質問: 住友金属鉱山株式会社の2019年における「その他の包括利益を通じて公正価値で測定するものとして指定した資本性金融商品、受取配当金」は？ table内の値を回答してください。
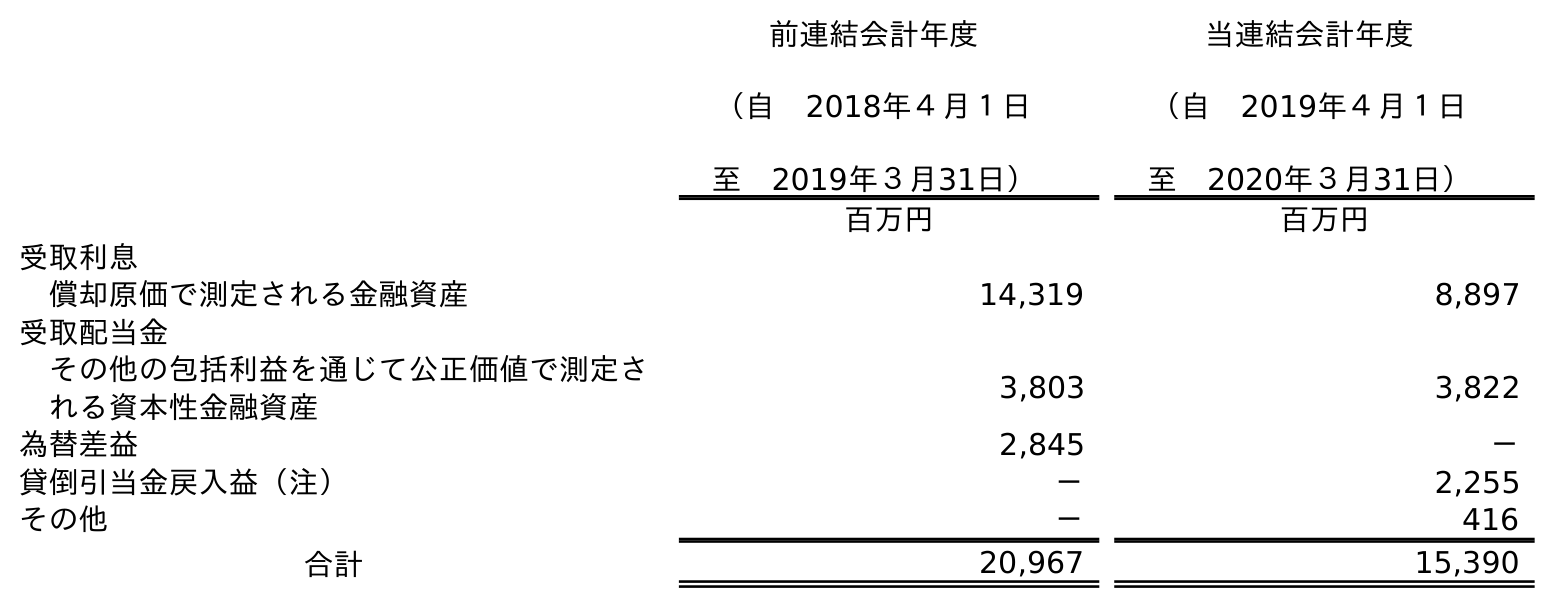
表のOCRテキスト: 前連結会計年度 （自 2018年４月１日 至 2019年３月31日） 当連結会計年度 （自 2019年４月１日 至 2020年３月31日） 百万円 百万円 受取利息 償却原価で測定される金融資産 14,319 8,897 受取配当金 その他の包括利益を通じて公正価値で測定さ れる資本性金融資産 3,803 3,822 為替差益 2,845 － 貸倒引当金戻入益（注） － 2,255 その他 － 416 合計 20,967 15,390
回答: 3,803